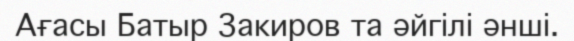
Ағасы Батыр Закиров та әйгілі әнші.